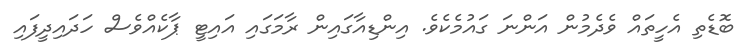
ބޮޑެތި އެހީތައް ވެދެމުން އަންނަ ގައުމެކެވެ. އިންޑިއާގައިން ރާމަގައި އައިޓީ ޕާކެއްވެސް ހަދައިދީފައި